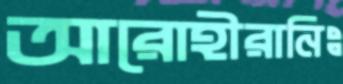
আরোহীরানিঃ